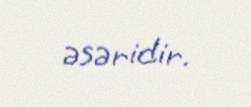
əsəridir.